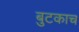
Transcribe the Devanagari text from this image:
बुटकाच